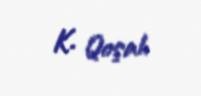
K. Qoşalı